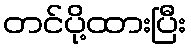
တင်ပို့ထားပြီး